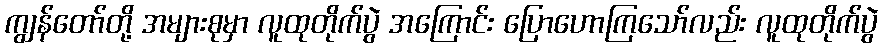
ကျွန်တော်တို့ အများစုမှာ လူထုတိုက်ပွဲ အကြောင်း ပြောဟောကြသော်လည်း လူထုတိုက်ပွဲ